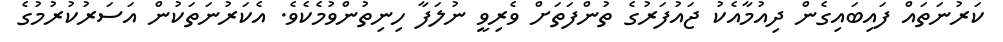
ކަރުނަތައް ފައިބައިގެން ދިއުމާއެކު ޖައުފަރުގެ ތުންފަތަށް ވެރިވީ ނުލަފާ ހިނިތުންވުމެކެވެ. އެކަރުނަތަކުން އަސަރުކުރުމުގެ